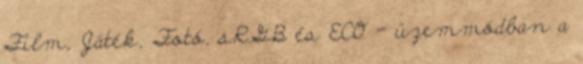
Film, Játék, Fotó, sRGB és ECO - üzemmódban a